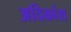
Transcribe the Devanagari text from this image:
अदिकांश